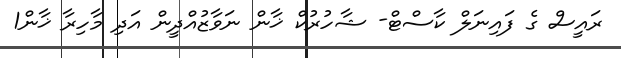
ރައީސް ގެ ފައިނަލް ކާސްޓް- ޝާހުރުކް ޚާން ނަވާޒުއްދީން އަދި މާހިރާ ޚާން1